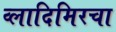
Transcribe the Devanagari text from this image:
व्लादिमिरचा